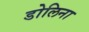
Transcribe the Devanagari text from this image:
डोलिना